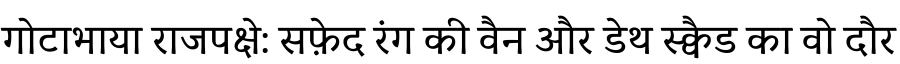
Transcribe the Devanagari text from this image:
गोटाभाया राजपक्षे: सफ़ेद रंग की वैन और डेथ स्क्वैड का वो दौर